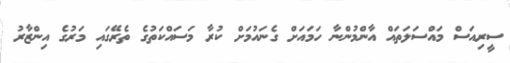
ސީރިއަސް މައްސަލަތައް އާންމުންނާ ހަމައަށް ގެނައުމަށް ކުރާ މަސައްކަތުގެ ތެރޭގައި މަރުގެ އިންޒާރު